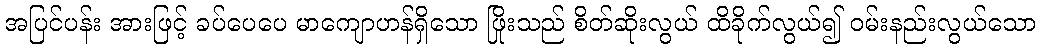
အပြင်ပန်း အားဖြင့် ခပ်ပေပေ မာကျောဟန်ရှိသော ဖြိုးသည် စိတ်ဆိုးလွယ် ထိခိုက်လွယ်၍ ဝမ်းနည်းလွယ်သော